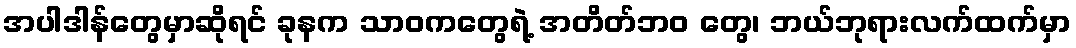
အပါဒါန်တွေမှာဆိုရင် ခုနက သာဝကတွေရဲ့ အတိတ်ဘဝ တွေ၊ ဘယ်ဘုရားလက်ထက်မှာ